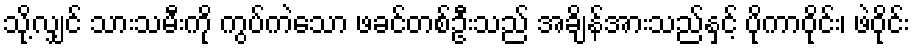
သို့လျှင် သားသမီးကို ကွပ်ကဲသော ဖခင်တစ်ဦးသည် အချိန်အားသည်နှင့် ပိုကာဝိုင်း၊ ဖဲဝိုင်း